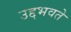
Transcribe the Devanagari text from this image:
उद्दभवते